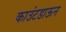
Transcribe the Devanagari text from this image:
काउंटडाऊन